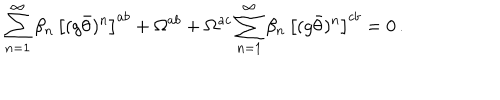
\sum _ { n = 1 } ^ { \infty } \beta _ { n } \, \left[ ( g \bar { \theta } ) ^ { n } \right] ^ { a b } + \Omega ^ { a b } + \Omega ^ { a c } \sum _ { n = 1 } ^ { \infty } \beta _ { n } \, \left[ ( g \bar { \theta } ) ^ { n } \right] ^ { c b } = 0 \, .